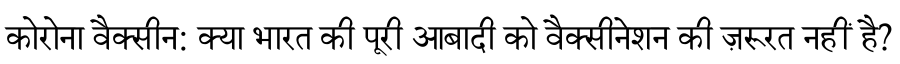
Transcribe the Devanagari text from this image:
कोरोना वैक्सीन: क्या भारत की पूरी आबादी को वैक्सीनेशन की ज़रूरत नहीं है?